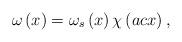
LaTeX: \begin{align*}\omega\left( x\right) =\omega_{s}\left( x\right) \chi\left( ac\text{}x\right), \end{align*}